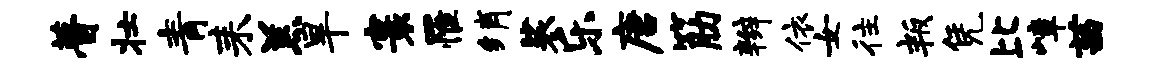
瞢壮青耒羔旱寰罹绡裟乐唐筋辫依女往叛凭比嶂茜